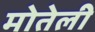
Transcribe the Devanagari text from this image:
मोतेली